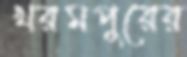
খরমপুরের